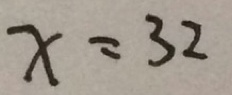
x = 3 2